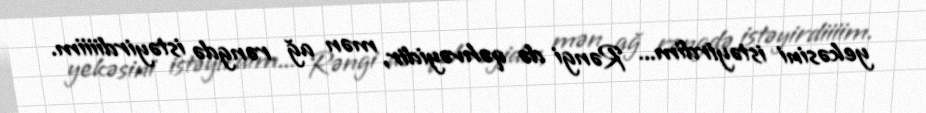
yekəsini istəyirdim... Rəngi də qəhvəyidir, mən ağ rəngdə istəyirdiiiim.